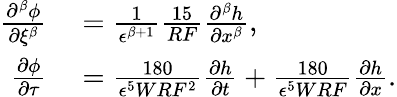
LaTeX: \begin{array}{rl}{\frac{\partial^{\beta}\phi}{\partial\xi^{\beta}}}&{{}=\frac{1}{\epsilon^{\beta+1}}\frac{15}{RF}\frac{\partial^{\beta}h}{\partial x^{\beta}},}\\ {\frac{\partial\phi}{\partial\tau}}&{{}=\frac{180}{\epsilon^{5}WRF^{2}}\frac{\partial h}{\partial t}+\frac{180}{\epsilon^{5}WRF}\frac{\partial h}{\partial x}.}\end{array}